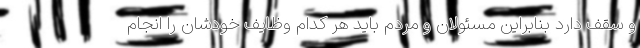
و سقف دارد بنابراین مسئولان و مردم باید هر کدام وظایف خودشان را انجام